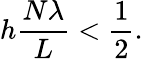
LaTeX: h\frac{N\lambda}{L}<\frac{1}{2}.